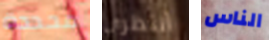
محددة أنتظري الناس